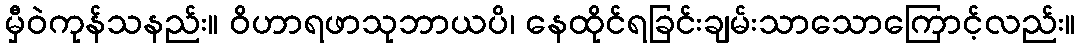
မှီဝဲကုန်သနည်း။ ဝိဟာရဖာသုဘာယပိ၊ နေထိုင်ရခြင်းချမ်းသာသောကြောင့်လည်း။